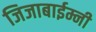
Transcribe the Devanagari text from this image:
जिजाबाईम्नी